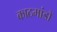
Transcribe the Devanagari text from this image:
काठमांडौं